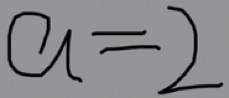
a = 2